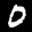
Label: 0